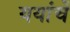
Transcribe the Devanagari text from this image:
ययांचें